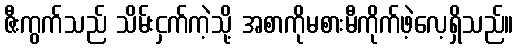
ဇီးကွက်သည် သိမ်းငှက်ကဲ့သို့ အစာကိုမစားမီကိုက်ဖဲ့လေ့ရှိသည်။